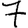
Digit: 7